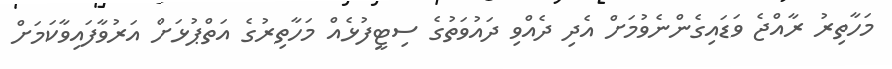
މަހާތިރު ރާއްޖެ ވަޑައިގެންނެވުމަށް އެދި ދެއްވި ދައުވަތުގެ ސިޓީފުޅެއް މަހާތިރުގެ އަތްޕުޅަށް އަރުވާފައިވާކަމަށް